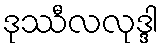
ဒုဿီလလုဒ္ဒါ